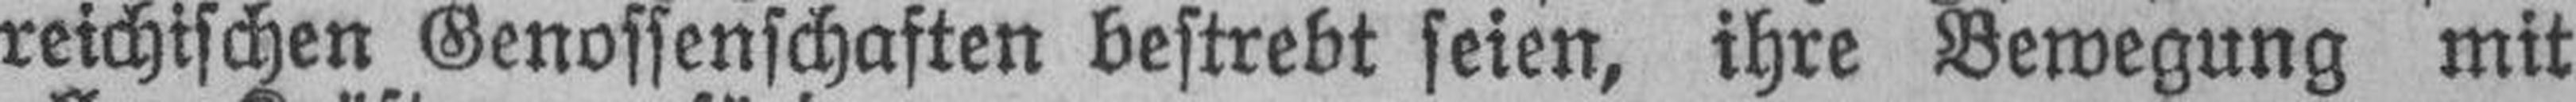
reichischen Genossenschaften bestrebt seien, ihre Bewegung mit